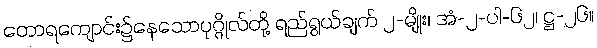
တောရကျောင်း၌နေသောပုဂ္ဂိုလ်တို့ ရည်ရွယ်ချက် ၂-မျိုး၊ အံ-၂-ပါ-၆၂၊ ဋ္ဌ-၂၆။